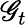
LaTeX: \mathscr{G}_{t}